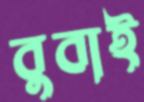
বুবাই